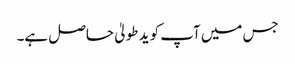
جس میں آپ کو ید طولیٰ حاصل ہے۔